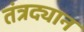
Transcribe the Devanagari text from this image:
तंत्रद्यान